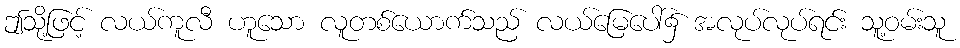
ဤသို့ဖြင့် လယ်ကူလီ ဟူသော လူတစ်ယောက်သည် လယ်မြေပေါ်၌ အလုပ်လုပ်ရင်း သူ့ဝမ်းသူ